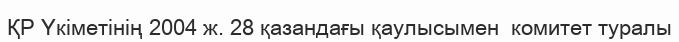
ҚР Үкіметінің 2004 ж. 28 қазандағы қаулысымен  комитет туралы